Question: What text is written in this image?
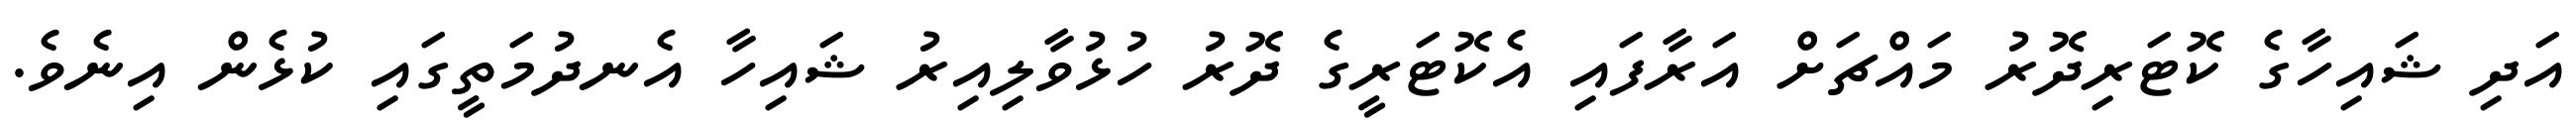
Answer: އަދި ޝައިހާގެ ކޮޓަރިދޮރު މައްޗަށް އަރާފައި އެކޮޓަރީގެ ދޮރު ހުޅުވާލިއިރު ޝައިހާ އެނދުމަތީގައި ކުޅެން އިނެވެ.